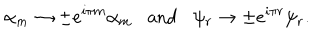
LaTeX: \alpha _ { m } \rightarrow \pm e ^ { i \pi m } \alpha _ { m } \mathrm { a n d } \psi _ { r } \rightarrow \pm e ^ { i \pi r } \psi _ { r } .